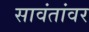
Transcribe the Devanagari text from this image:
सावंतांवर